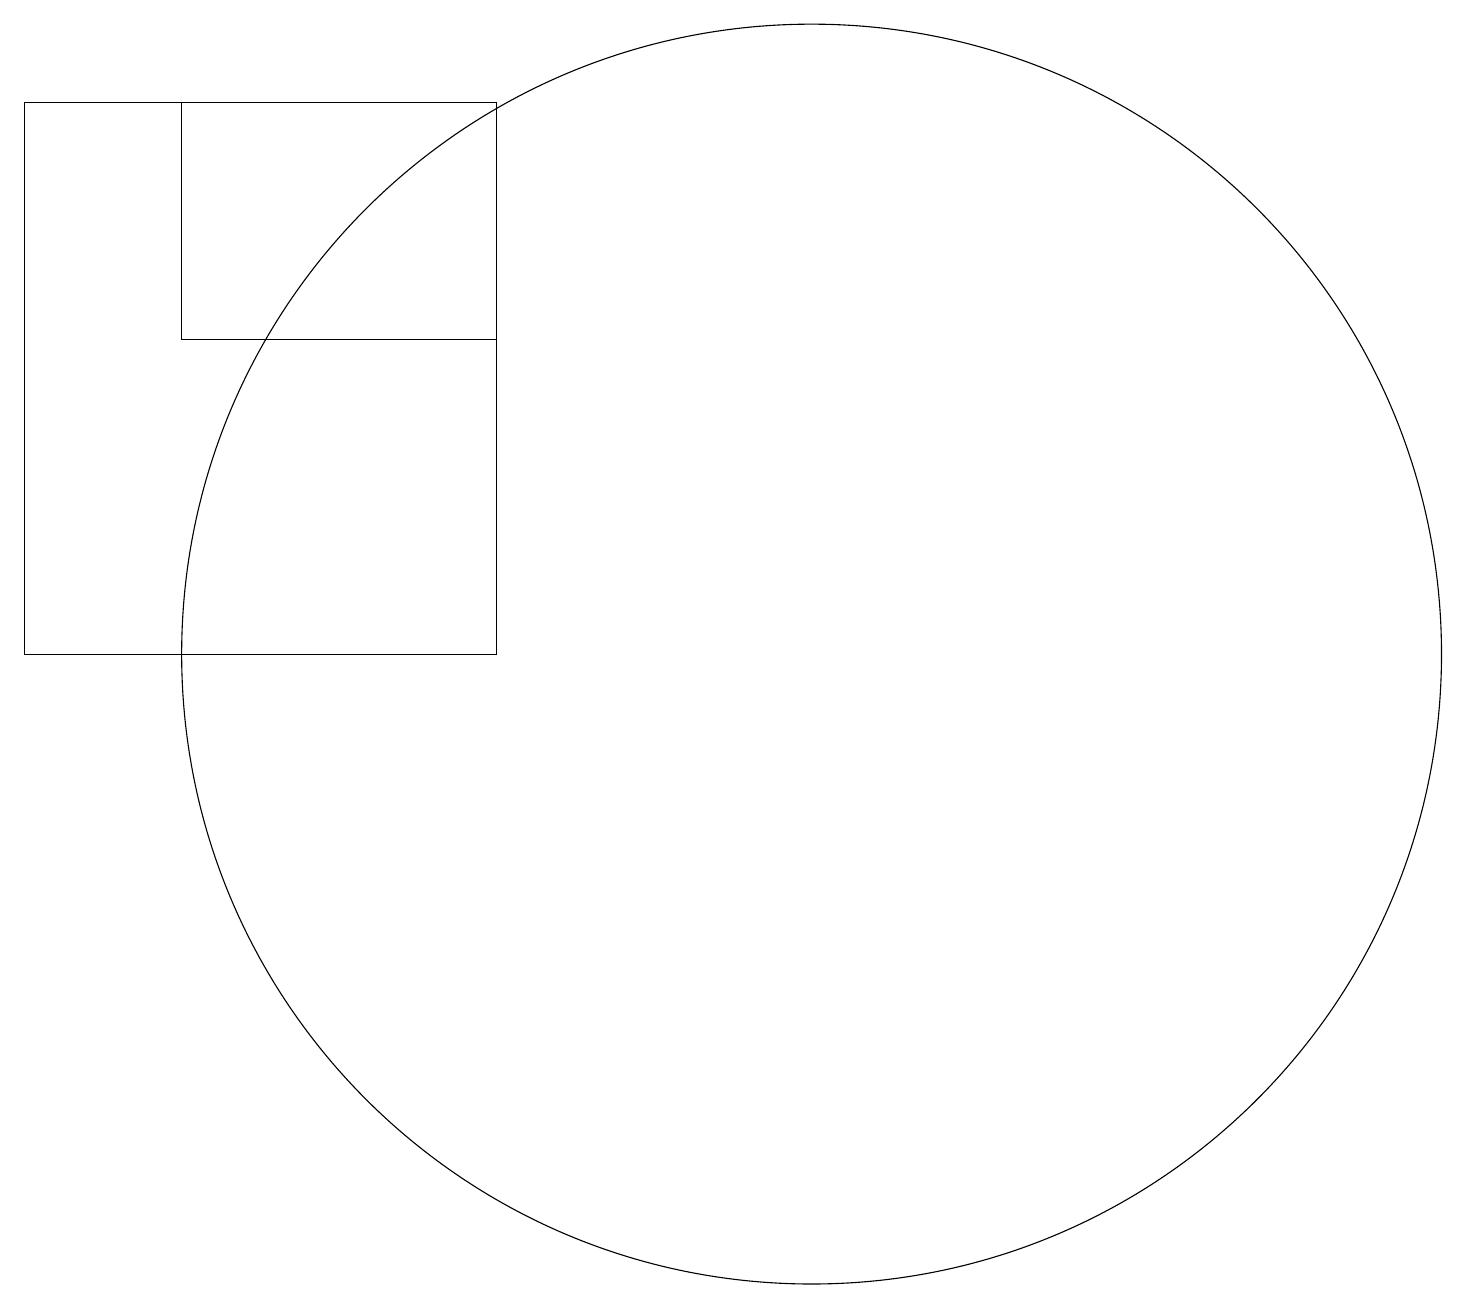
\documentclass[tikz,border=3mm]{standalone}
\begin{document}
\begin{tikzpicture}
\draw (7,15) rectangle (3,18);
\draw (7,11) rectangle (1,18);
\draw (11,11) circle (8);
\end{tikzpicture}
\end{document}